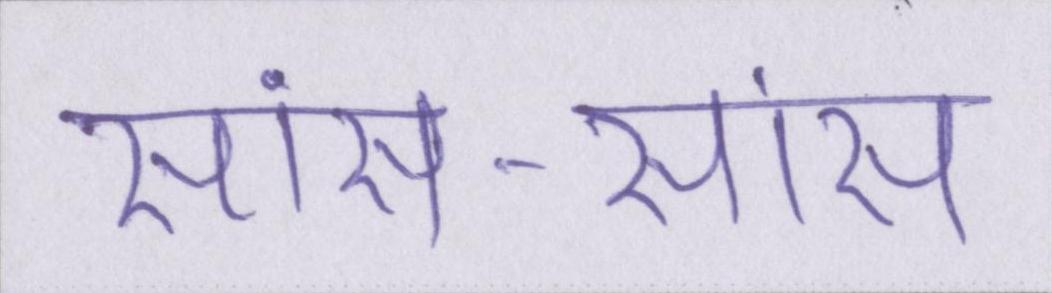
सांस-सांस